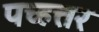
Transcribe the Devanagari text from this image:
पच्हत्तर